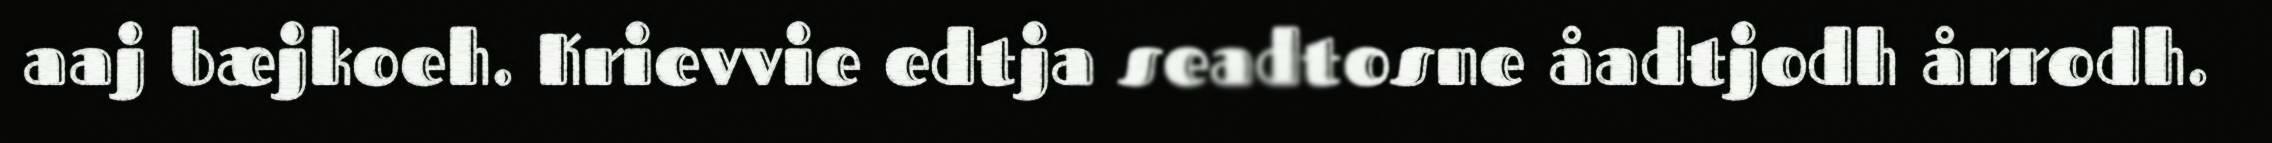
aaj bæjkoeh. Krievvie edtja seadtosne åadtjodh årrodh.